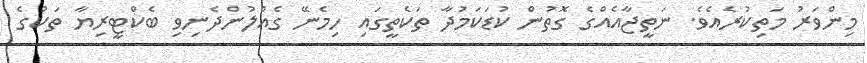
މިންވަރު މަތިކުރެއެވެ. ނަތީޖާއެއްގެ ގޮތުން ކުޑަކަމުދާ ތަކެތީގައި ހިމެނޭ ގެއްލުންދެނިވި ބެކްޓީރިޔާ ތަކުގެ